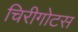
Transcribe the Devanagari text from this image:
चिरीगोटस